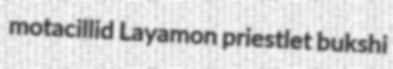
motacillid Layamon priestlet bukshi